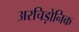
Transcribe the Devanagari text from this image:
अरचिड़ोनिक